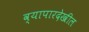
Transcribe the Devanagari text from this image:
व्यापारदेखील